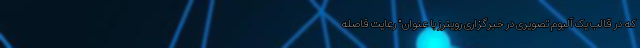
که در قالب یک آلبوم تصویری در خبرگزاری رویترز با عنوان" رعایت فاصله